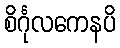
စိင်္ဂုလကေနပိ